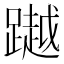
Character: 𨅿